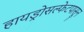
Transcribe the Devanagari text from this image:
हायड्रोसल्फेटपासून